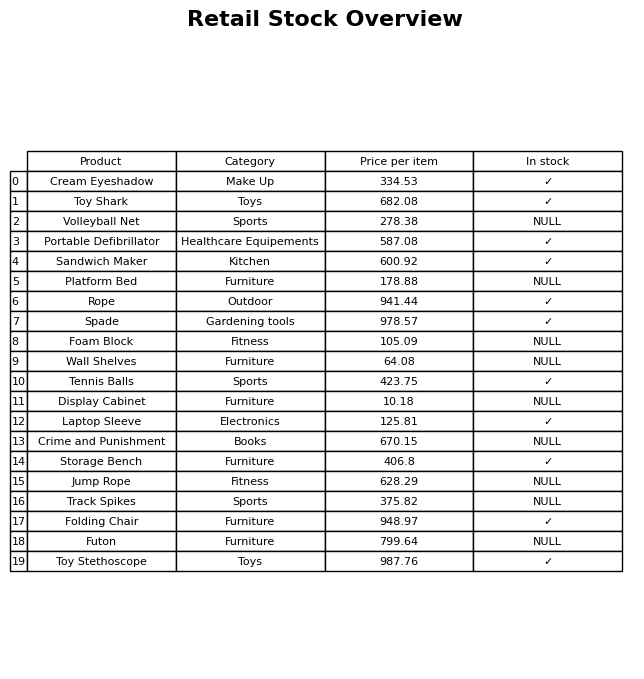
question: Which products are available in stock?
answer: Cream Eyeshadow, Toy Shark, Portable Defibrillator, Sandwich Maker, Rope, Spade, Tennis Balls, Laptop Sleeve, Storage Bench, Folding Chair, Toy Stethoscope